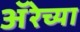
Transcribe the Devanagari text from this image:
ॲरेच्या